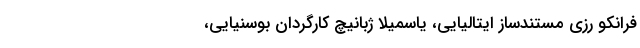
فرانکو رزی مستندساز ایتالیایی، یاسمیلا ژبانیچ کارگردان بوسنیایی،